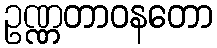
ဥဏ္ဏတာဝနတော